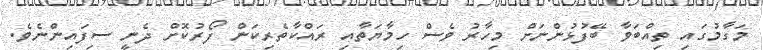
މަގާމުގައި ތިއްބަވާ ބޭފުޅުންނަށް މިހާރު ވެސް ހިމާޔަތާއި ރައްކާތެރިކަން ފޯރުކޮށް ދެނީ ސިފައިންނެވެ.